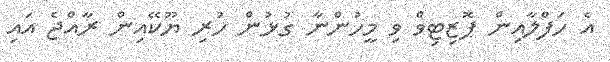
އެ ހަފްލާއިން ޕޮޒިޓިވް ވި މީހުންނާ ގުޅުން ހުރި ޔޫކޭއިން ރާއްޖެ އައި